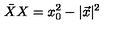
\bar { X } X = x _ { 0 } ^ { 2 } - \vert \vec { x } \vert ^ { 2 }